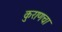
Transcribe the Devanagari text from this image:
कुराणचा